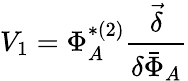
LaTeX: V_{1}=\Phi_{A}^{*(2)}\frac{\vec{\delta}}{\delta\bar{\Phi}_{A}}